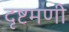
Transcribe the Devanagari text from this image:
दृष्टमणी